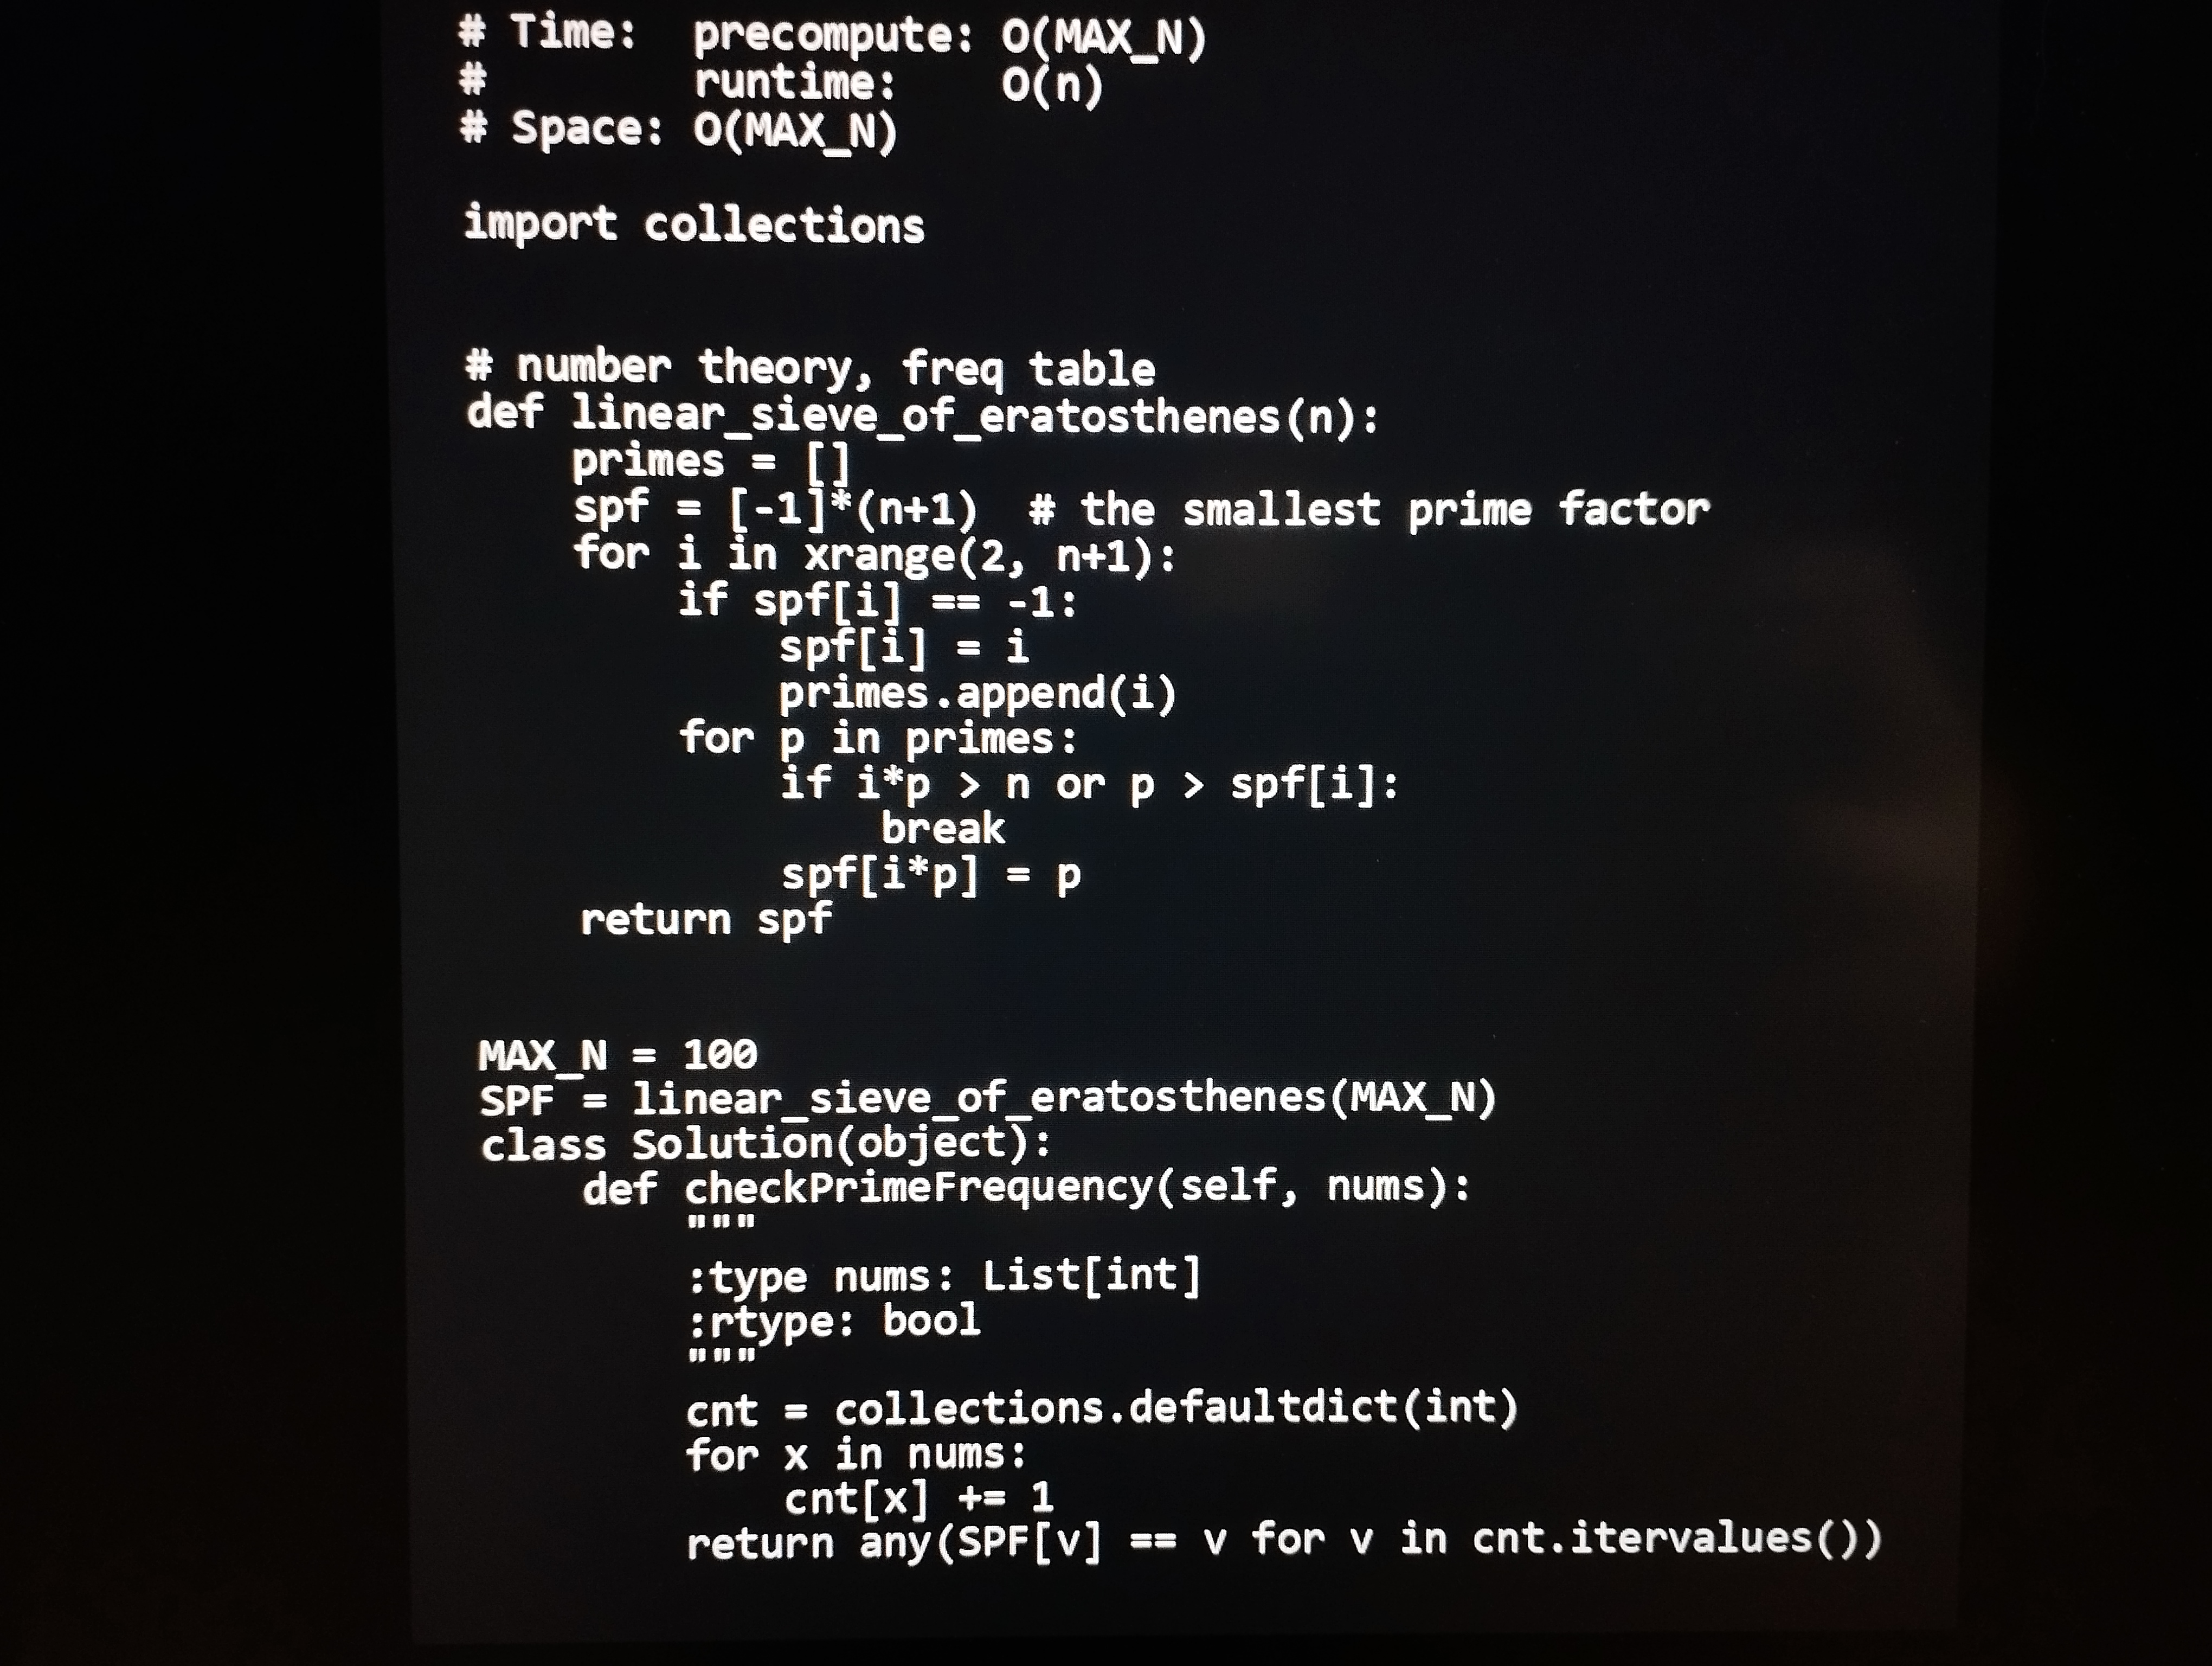
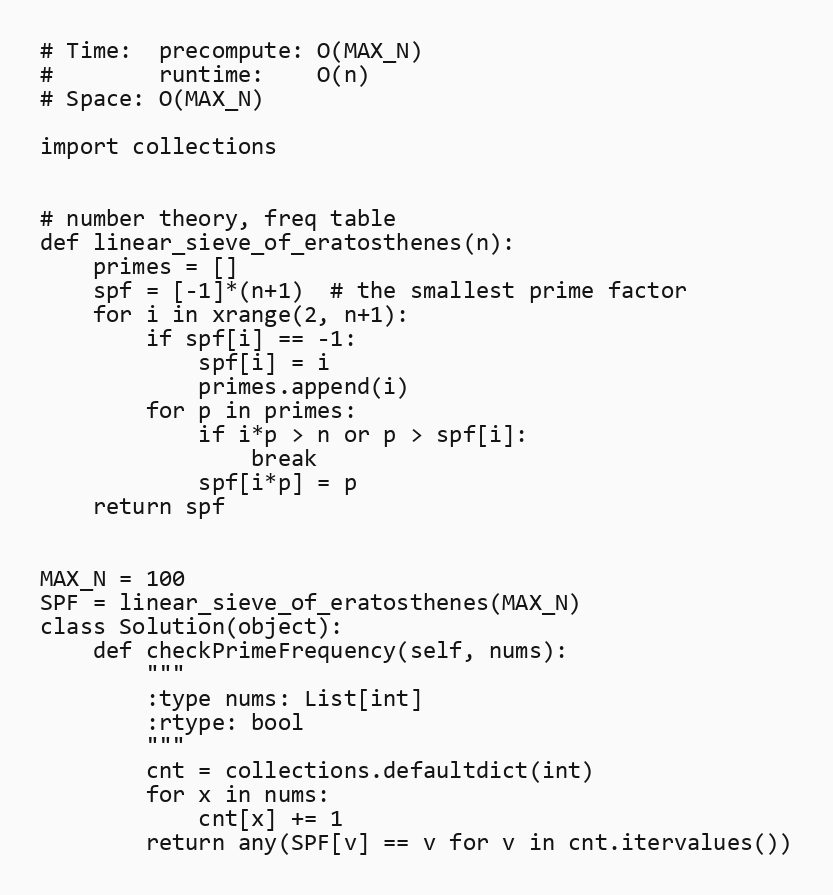
# Time:  precompute: O(MAX_N)
#        runtime:    O(n)
# Space: O(MAX_N)

import collections

# number theory, freq table
def linear_sieve_of_eratosthenes(n):
    primes = []
    spf = [-1]*(n+1)  # the smallest prime factor
    for i in xrange(2, n+1):
        if spf[i] == -1:
            spf[i] = i
            primes.append(i)
        for p in primes:
            if i*p > n or p > spf[i]:
                break
            spf[i*p] = p
    return spf

MAX_N = 100
SPF = linear_sieve_of_eratosthenes(MAX_N)
class Solution(object):
    def checkPrimeFrequency(self, nums):
        """
        :type nums: List[int]
        :rtype: bool
        """
        cnt = collections.defaultdict(int)
        for x in nums:
            cnt[x] += 1
        return any(SPF[v] == v for v in cnt.itervalues())